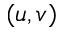
( u , v )